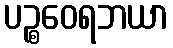
ပဉ္စဝေရဘယာ